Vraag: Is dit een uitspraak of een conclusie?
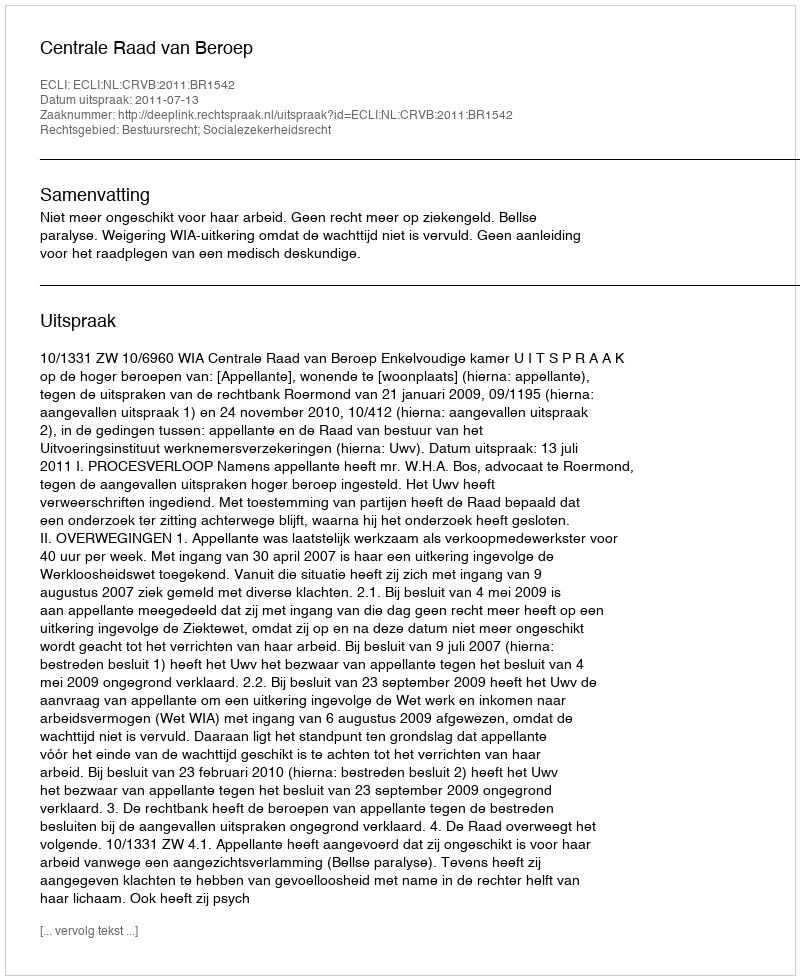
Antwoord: Uitspraak